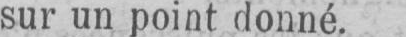
sur un point donné.